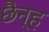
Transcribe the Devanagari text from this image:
छैन्ह